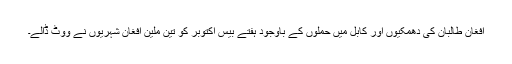
افغان طالبان کی دھمکيوں اور کابل ميں حملوں کے باوجود ہفتے بيس اکتوبر کو تين ملين افغان شہريوں نے ووٹ ڈالے۔